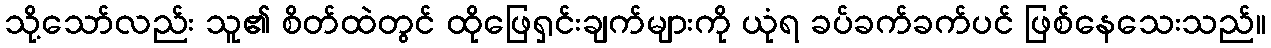
သို့သော်လည်း သူ၏ စိတ်ထဲတွင် ထိုဖြေရှင်းချက်များကို ယုံရ ခပ်ခက်ခက်ပင် ဖြစ်နေသေးသည်။